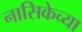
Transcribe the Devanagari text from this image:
नासिकेच्या